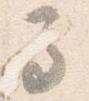
馬